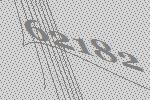
62182